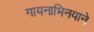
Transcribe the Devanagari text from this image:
गायनाभिनयाने